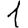
Digit: 1